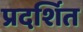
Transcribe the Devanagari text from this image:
प्रदर्शित